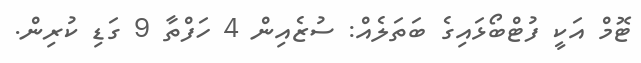
ޓޮމް އަކީ ފުޓްބޯޅައިގެ ބަތަލެއް: ސުޒެއިން 4 ހަފްތާ 9 ގަޑި ކުރިން.